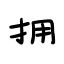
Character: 拥